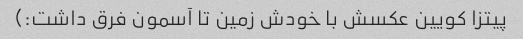
پیتزا کویین عکسش با خودش زمین تا آسمون فرق داشت:)